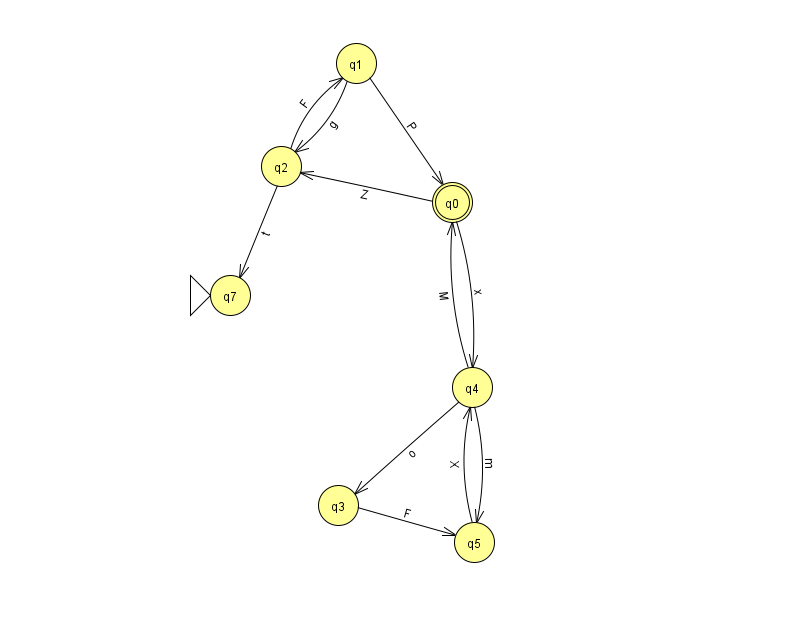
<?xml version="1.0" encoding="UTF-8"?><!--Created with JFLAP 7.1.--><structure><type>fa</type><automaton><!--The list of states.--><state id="0" name="q0"><x>452.0</x><y>189.0</y><final/></state><state id="1" name="q1"><x>356.0</x><y>50.0</y></state><state id="2" name="q2"><x>281.0</x><y>153.0</y></state><state id="3" name="q3"><x>338.0</x><y>492.0</y></state><state id="4" name="q4"><x>472.0</x><y>374.0</y></state><state id="5" name="q5"><x>474.0</x><y>529.0</y></state><state id="7" name="q7"><x>230.0</x><y>282.0</y><initial/></state><!--The list of transitions.--><transition><from>2</from><to>1</to><read>F</read></transition><transition><from>1</from><to>2</to><read>g</read></transition><transition><from>0</from><to>4</to><read>x</read></transition><transition><from>2</from><to>7</to><read>t</read></transition><transition><from>4</from><to>3</to><read>o</read></transition><transition><from>0</from><to>2</to><read>Z</read></transition><transition><from>4</from><to>0</to><read>M</read></transition><transition><from>4</from><to>5</to><read>m</read></transition><transition><from>1</from><to>0</to><read>P</read></transition><transition><from>3</from><to>5</to><read>F</read></transition><transition><from>5</from><to>4</to><read>X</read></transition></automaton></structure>